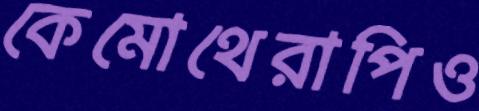
কেমোথেরাপিও